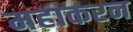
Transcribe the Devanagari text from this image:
महाकरन